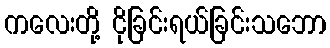
ကလေးတို့ ငိုခြင်းရယ်ခြင်းသဘော